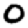
Digit: 0